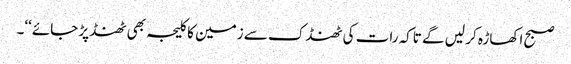
صبح اکھاڑہ کر لیں گے تاکہ رات کی ٹھنڈک سے زمین کا کلیجہ بھی ٹھنڈ پڑ جائے‘‘۔